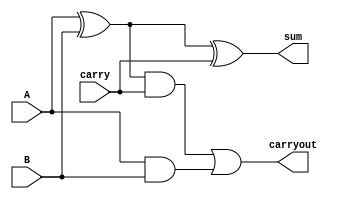
module full_adder(
    input A,
    input B,
    input carry,
    output sum,
    output carryout
);
wire x1;
wire x2;
wire x3;
xor(x1,A,B);
and(x2,A,B);
and(x3,x1,carry);
xor(sum,x1,carry);
or(carryout,x3,x2);

endmodule